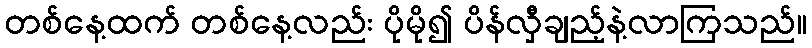
တစ်နေ့ထက် တစ်နေ့လည်း ပိုမို၍ ပိန်လှီချည့်နဲ့လာကြသည်။